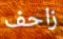
زاحف